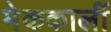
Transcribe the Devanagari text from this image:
मेककार्ली